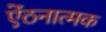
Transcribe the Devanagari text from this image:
ऐंठनात्मक